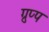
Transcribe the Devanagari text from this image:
ग्रुप्प